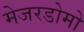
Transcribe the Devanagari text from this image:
मेजरडोमो